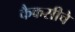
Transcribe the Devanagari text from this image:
कैकसीचे